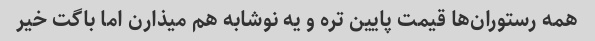
همه رستوران‌ها قیمت پایین تره و یه نوشابه هم میذارن اما باگت خیر